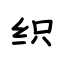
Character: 织